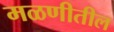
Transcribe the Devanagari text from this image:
मळणीतील